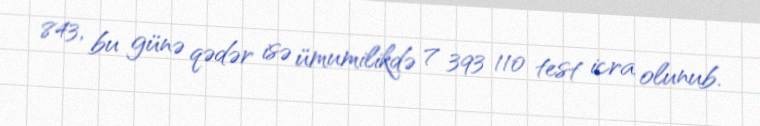
843, bu günə qədər isə ümumilikdə 7 393 110 test icra olunub.